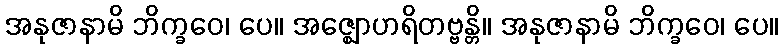
အနုဇာနာမိ ဘိက္ခဝေ၊ ပေ။ အဇ္ဈောဟရိတဗ္ဗန္တိ။ အနုဇာနာမိ ဘိက္ခဝေ၊ ပေ။